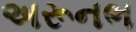
અરૂનભ